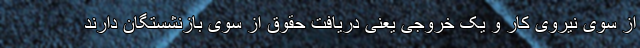
از سوی نیروی کار و یک خروجی یعنی دریافت حقوق از سوی بازنشستگان دارند